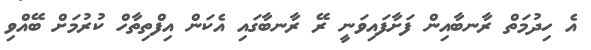
އެ ހިދުމަތް ރާނބާއިން ފަށާފައިވަނީ ރޭ ރާނބާގައި އެކަން އިފްތިތާހް ކުރުމަށް ބޭއްވި